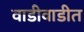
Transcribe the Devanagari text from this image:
वाडीवाडीत